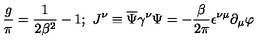
\frac { g } { \pi } = \frac { 1 } { 2 \beta ^ { 2 } } - 1 ; \ J ^ { \nu } \equiv \overline { { \Psi } } \gamma ^ { \nu } \Psi = - \frac { \beta } { 2 \pi } \epsilon ^ { \nu \mu } \partial _ { \mu } \varphi